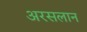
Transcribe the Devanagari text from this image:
अरसलान